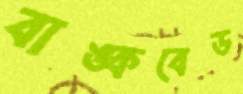
বাঙ্কবেড